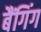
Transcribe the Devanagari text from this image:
बैंगिंग